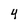
Character: 4